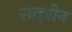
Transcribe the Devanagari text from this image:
साइरीन